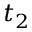
t _ { 2 }